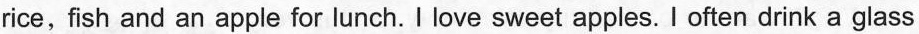
rice,fish and an apple for lunch. I love sweet apples. I often drink a glass